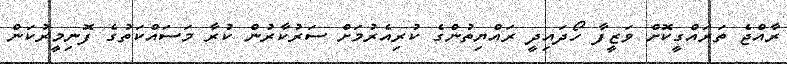
ރާއްޖެ ތަރައްގީކޮށް ވަޒީފާ ހޯދައިދީ ރައްޔިތުންގެ ކުރިއެރުމަށް ސަރުކާރުން ކުރާ މަސައްކަތުގެ ފޮނިމީރުކަން